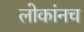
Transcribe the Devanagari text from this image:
लोकांनच